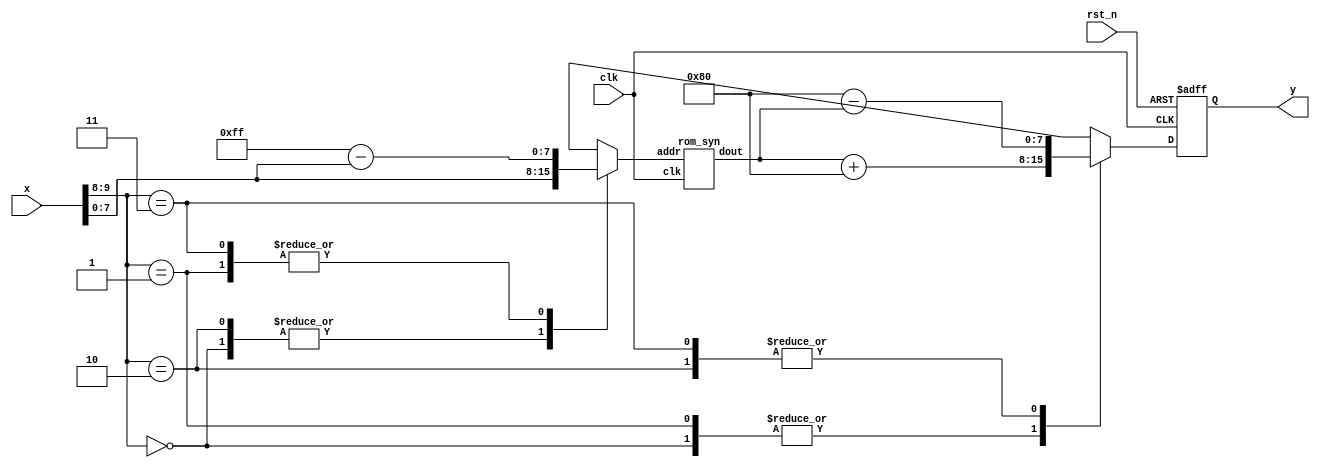
// This program was cloned from: https://github.com/AngeloJacobo/FPGA_Book_Experiments
// License: MIT License

`timescale 1ns / 1ps
//////////////////////////////////////////////////////////////////////////////////
// Company: 
// Engineer: 
// 
// Design Name: 
// Module Name:    sine_func 
// Project Name: 
// Target Devices: 
// Tool versions: 
// Description: 
//
// Dependencies: 
//
// Revision: 
// Revision 0.01 - File Created
// Additional Comments: 
//
//////////////////////////////////////////////////////////////////////////////////
module sine_func( 
	input clk,rst_n,
	input[9:0] x, //input has a 10-bit resolution(from 0 to 2pi)
	output[7:0] y //output has 8-bit resolution(from -1 to 1)
    );
	 
	reg[7:0] y_q=0,y_d;
	reg[7:0] x_addr; //determines the address to be inserted in ROM
	wire[6:0] dout;
	
	always  @(posedge clk,negedge rst_n) begin
		if(!rst_n) y_q<=0;
		else y_q<=y_d;
	end
	
	//logic to obtain values of other quadrants
	always @* begin
		y_d=dout;
		case(x[9:8])
			2'b00: begin	
						x_addr=x[7:0]; //first quadrant(0 to pi/2) 
						y_d=dout+2**7; // middle point of sine wave is at 2^7
					end
			2'b01: begin
						x_addr=255-x[7:0]; //second quadrant(pi/2 to pi)
						y_d=dout+2**7;
					 end
			2'b10: begin  //third quadrant(pi to 3pi/2)
						x_addr=x[7:0];
						y_d=2**7-dout; //negative sign
					 end
			2'b11: begin  //fourth quadrant(3pi/2 to 2pi)
						x_addr=255-x[7:0];
						y_d=2**7-dout; //negative sign
					 end
		endcase

	end
	
	assign y=y_q;

	 rom_syn m0
	(
		.clk(clk),
		.addr(x_addr),  
		.dout(dout)
	);


endmodule

module rom_syn //synchronous rom(uses block ram) to store sine values
	(
			input clk,
			input[7:0] addr,
			output reg[6:0] dout
	);
	reg[7:0] addr_q;
	always @(posedge clk) begin
		addr_q<=addr;
	end
	always @* begin
		dout=7'd0;
		case(addr_q) //data is from sine(0) to sine(pi/2) only
				0	:  dout=7'd	0	;
				1	:  dout=7'd	1	;
				2	:  dout=7'd	2	;
				3	:  dout=7'd	2	;
				4	:  dout=7'd	3	;
				5	:  dout=7'd	4	;
				6	:  dout=7'd	5	;
				7	:  dout=7'd	5	;
				8	:  dout=7'd	6	;
				9	:  dout=7'd	7	;
				10	:  dout=7'd	8	;
				11	:  dout=7'd	9	;
				12	:  dout=7'd	9	;
				13	:  dout=7'd	10	;
				14	:  dout=7'd	11	;
				15	:  dout=7'd	12	;
				16	:  dout=7'd	12	;
				17	:  dout=7'd	13	;
				18	:  dout=7'd	14	;
				19	:  dout=7'd	15	;
				20	:  dout=7'd	16	;
				21	:  dout=7'd	16	;
				22	:  dout=7'd	17	;
				23	:  dout=7'd	18	;
				24	:  dout=7'd	19	;
				25	:  dout=7'd	19	;
				26	:  dout=7'd	20	;
				27	:  dout=7'd	21	;
				28	:  dout=7'd	22	;
				29	:  dout=7'd	23	;
				30	:  dout=7'd	23	;
				31	:  dout=7'd	24	;
				32	:  dout=7'd	25	;
				33	:  dout=7'd	26	;
				34	:  dout=7'd	26	;
				35	:  dout=7'd	27	;
				36	:  dout=7'd	28	;
				37	:  dout=7'd	29	;
				38	:  dout=7'd	29	;
				39	:  dout=7'd	30	;
				40	:  dout=7'd	31	;
				41	:  dout=7'd	32	;
				42	:  dout=7'd	32	;
				43	:  dout=7'd	33	;
				44	:  dout=7'd	34	;
				45	:  dout=7'd	35	;
				46	:  dout=7'd	35	;
				47	:  dout=7'd	36	;
				48	:  dout=7'd	37	;
				49	:  dout=7'd	38	;
				50	:  dout=7'd	38	;
				51	:  dout=7'd	39	;
				52	:  dout=7'd	40	;
				53	:  dout=7'd	41	;
				54	:  dout=7'd	41	;
				55	:  dout=7'd	42	;
				56	:  dout=7'd	43	;
				57	:  dout=7'd	44	;
				58	:  dout=7'd	44	;
				59	:  dout=7'd	45	;
				60	:  dout=7'd	46	;
				61	:  dout=7'd	46	;
				62	:  dout=7'd	47	;
				63	:  dout=7'd	48	;
				64	:  dout=7'd	49	;
				65	:  dout=7'd	49	;
				66	:  dout=7'd	50	;
				67	:  dout=7'd	51	;
				68	:  dout=7'd	52	;
				69	:  dout=7'd	52	;
				70	:  dout=7'd	53	;
				71	:  dout=7'd	54	;
				72	:  dout=7'd	54	;
				73	:  dout=7'd	55	;
				74	:  dout=7'd	56	;
				75	:  dout=7'd	56	;
				76	:  dout=7'd	57	;
				77	:  dout=7'd	58	;
				78	:  dout=7'd	59	;
				79	:  dout=7'd	59	;
				80	:  dout=7'd	60	;
				81	:  dout=7'd	61	;
				82	:  dout=7'd	61	;
				83	:  dout=7'd	62	;
				84	:  dout=7'd	63	;
				85	:  dout=7'd	63	;
				86	:  dout=7'd	64	;
				87	:  dout=7'd	65	;
				88	:  dout=7'd	65	;
				89	:  dout=7'd	66	;
				90	:  dout=7'd	67	;
				91	:  dout=7'd	67	;
				92	:  dout=7'd	68	;
				93	:  dout=7'd	69	;
				94	:  dout=7'd	69	;
				95	:  dout=7'd	70	;
				96	:  dout=7'd	71	;
				97	:  dout=7'd	71	;
				98	:  dout=7'd	72	;
				99	:  dout=7'd	73	;
				100	:  dout=7'd	73	;
				101	:  dout=7'd	74	;
				102	:  dout=7'd	74	;
				103	:  dout=7'd	75	;
				104	:  dout=7'd	76	;
				105	:  dout=7'd	76	;
				106	:  dout=7'd	77	;
				107	:  dout=7'd	78	;
				108	:  dout=7'd	78	;
				109	:  dout=7'd	79	;
				110	:  dout=7'd	79	;
				111	:  dout=7'd	80	;
				112	:  dout=7'd	81	;
				113	:  dout=7'd	81	;
				114	:  dout=7'd	82	;
				115	:  dout=7'd	82	;
				116	:  dout=7'd	83	;
				117	:  dout=7'd	84	;
				118	:  dout=7'd	84	;
				119	:  dout=7'd	85	;
				120	:  dout=7'd	85	;
				121	:  dout=7'd	86	;
				122	:  dout=7'd	87	;
				123	:  dout=7'd	87	;
				124	:  dout=7'd	88	;
				125	:  dout=7'd	88	;
				126	:  dout=7'd	89	;
				127	:  dout=7'd	89	;
				128	:  dout=7'd	90	;
				129	:  dout=7'd	90	;
				130	:  dout=7'd	91	;
				131	:  dout=7'd	92	;
				132	:  dout=7'd	92	;
				133	:  dout=7'd	93	;
				134	:  dout=7'd	93	;
				135	:  dout=7'd	94	;
				136	:  dout=7'd	94	;
				137	:  dout=7'd	95	;
				138	:  dout=7'd	95	;
				139	:  dout=7'd	96	;
				140	:  dout=7'd	96	;
				141	:  dout=7'd	97	;
				142	:  dout=7'd	97	;
				143	:  dout=7'd	98	;
				144	:  dout=7'd	98	;
				145	:  dout=7'd	99	;
				146	:  dout=7'd	99	;
				147	:  dout=7'd	100	;
				148	:  dout=7'd	100	;
				149	:  dout=7'd	101	;
				150	:  dout=7'd	101	;
				151	:  dout=7'd	102	;
				152	:  dout=7'd	102	;
				153	:  dout=7'd	103	;
				154	:  dout=7'd	103	;
				155	:  dout=7'd	103	;
				156	:  dout=7'd	104	;
				157	:  dout=7'd	104	;
				158	:  dout=7'd	105	;
				159	:  dout=7'd	105	;
				160	:  dout=7'd	106	;
				161	:  dout=7'd	106	;
				162	:  dout=7'd	107	;
				163	:  dout=7'd	107	;
				164	:  dout=7'd	107	;
				165	:  dout=7'd	108	;
				166	:  dout=7'd	108	;
				167	:  dout=7'd	109	;
				168	:  dout=7'd	109	;
				169	:  dout=7'd	109	;
				170	:  dout=7'd	110	;
				171	:  dout=7'd	110	;
				172	:  dout=7'd	111	;
				173	:  dout=7'd	111	;
				174	:  dout=7'd	111	;
				175	:  dout=7'd	112	;
				176	:  dout=7'd	112	;
				177	:  dout=7'd	112	;
				178	:  dout=7'd	113	;
				179	:  dout=7'd	113	;
				180	:  dout=7'd	114	;
				181	:  dout=7'd	114	;
				182	:  dout=7'd	114	;
				183	:  dout=7'd	115	;
				184	:  dout=7'd	115	;
				185	:  dout=7'd	115	;
				186	:  dout=7'd	116	;
				187	:  dout=7'd	116	;
				188	:  dout=7'd	116	;
				189	:  dout=7'd	116	;
				190	:  dout=7'd	117	;
				191	:  dout=7'd	117	;
				192	:  dout=7'd	117	;
				193	:  dout=7'd	118	;
				194	:  dout=7'd	118	;
				195	:  dout=7'd	118	;
				196	:  dout=7'd	119	;
				197	:  dout=7'd	119	;
				198	:  dout=7'd	119	;
				199	:  dout=7'd	119	;
				200	:  dout=7'd	120	;
				201	:  dout=7'd	120	;
				202	:  dout=7'd	120	;
				203	:  dout=7'd	120	;
				204	:  dout=7'd	121	;
				205	:  dout=7'd	121	;
				206	:  dout=7'd	121	;
				207	:  dout=7'd	121	;
				208	:  dout=7'd	122	;
				209	:  dout=7'd	122	;
				210	:  dout=7'd	122	;
				211	:  dout=7'd	122	;
				212	:  dout=7'd	122	;
				213	:  dout=7'd	123	;
				214	:  dout=7'd	123	;
				215	:  dout=7'd	123	;
				216	:  dout=7'd	123	;
				217	:  dout=7'd	123	;
				218	:  dout=7'd	124	;
				219	:  dout=7'd	124	;
				220	:  dout=7'd	124	;
				221	:  dout=7'd	124	;
				222	:  dout=7'd	124	;
				223	:  dout=7'd	124	;
				224	:  dout=7'd	125	;
				225	:  dout=7'd	125	;
				226	:  dout=7'd	125	;
				227	:  dout=7'd	125	;
				228	:  dout=7'd	125	;
				229	:  dout=7'd	125	;
				230	:  dout=7'd	125	;
				231	:  dout=7'd	126	;
				232	:  dout=7'd	126	;
				233	:  dout=7'd	126	;
				234	:  dout=7'd	126	;
				235	:  dout=7'd	126	;
				236	:  dout=7'd	126	;
				237	:  dout=7'd	126	;
				238	:  dout=7'd	126	;
				239	:  dout=7'd	126	;
				240	:  dout=7'd	126	;
				241	:  dout=7'd	126	;
				242	:  dout=7'd	127	;
				243	:  dout=7'd	127	;
				244	:  dout=7'd	127	;
				245	:  dout=7'd	127	;
				246	:  dout=7'd	127	;
				247	:  dout=7'd	127	;
				248	:  dout=7'd	127	;
				249	:  dout=7'd	127	;
				250	:  dout=7'd	127	;
				251	:  dout=7'd	127	;
				252	:  dout=7'd	127	;
				253	:  dout=7'd	127	;
				254	:  dout=7'd	127	;
				255	:  dout=7'd	127	;
		endcase
	end
endmodule